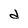
Character: d